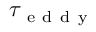
\tau _ { \mathrm { ~ e ~ d ~ d ~ y ~ } }